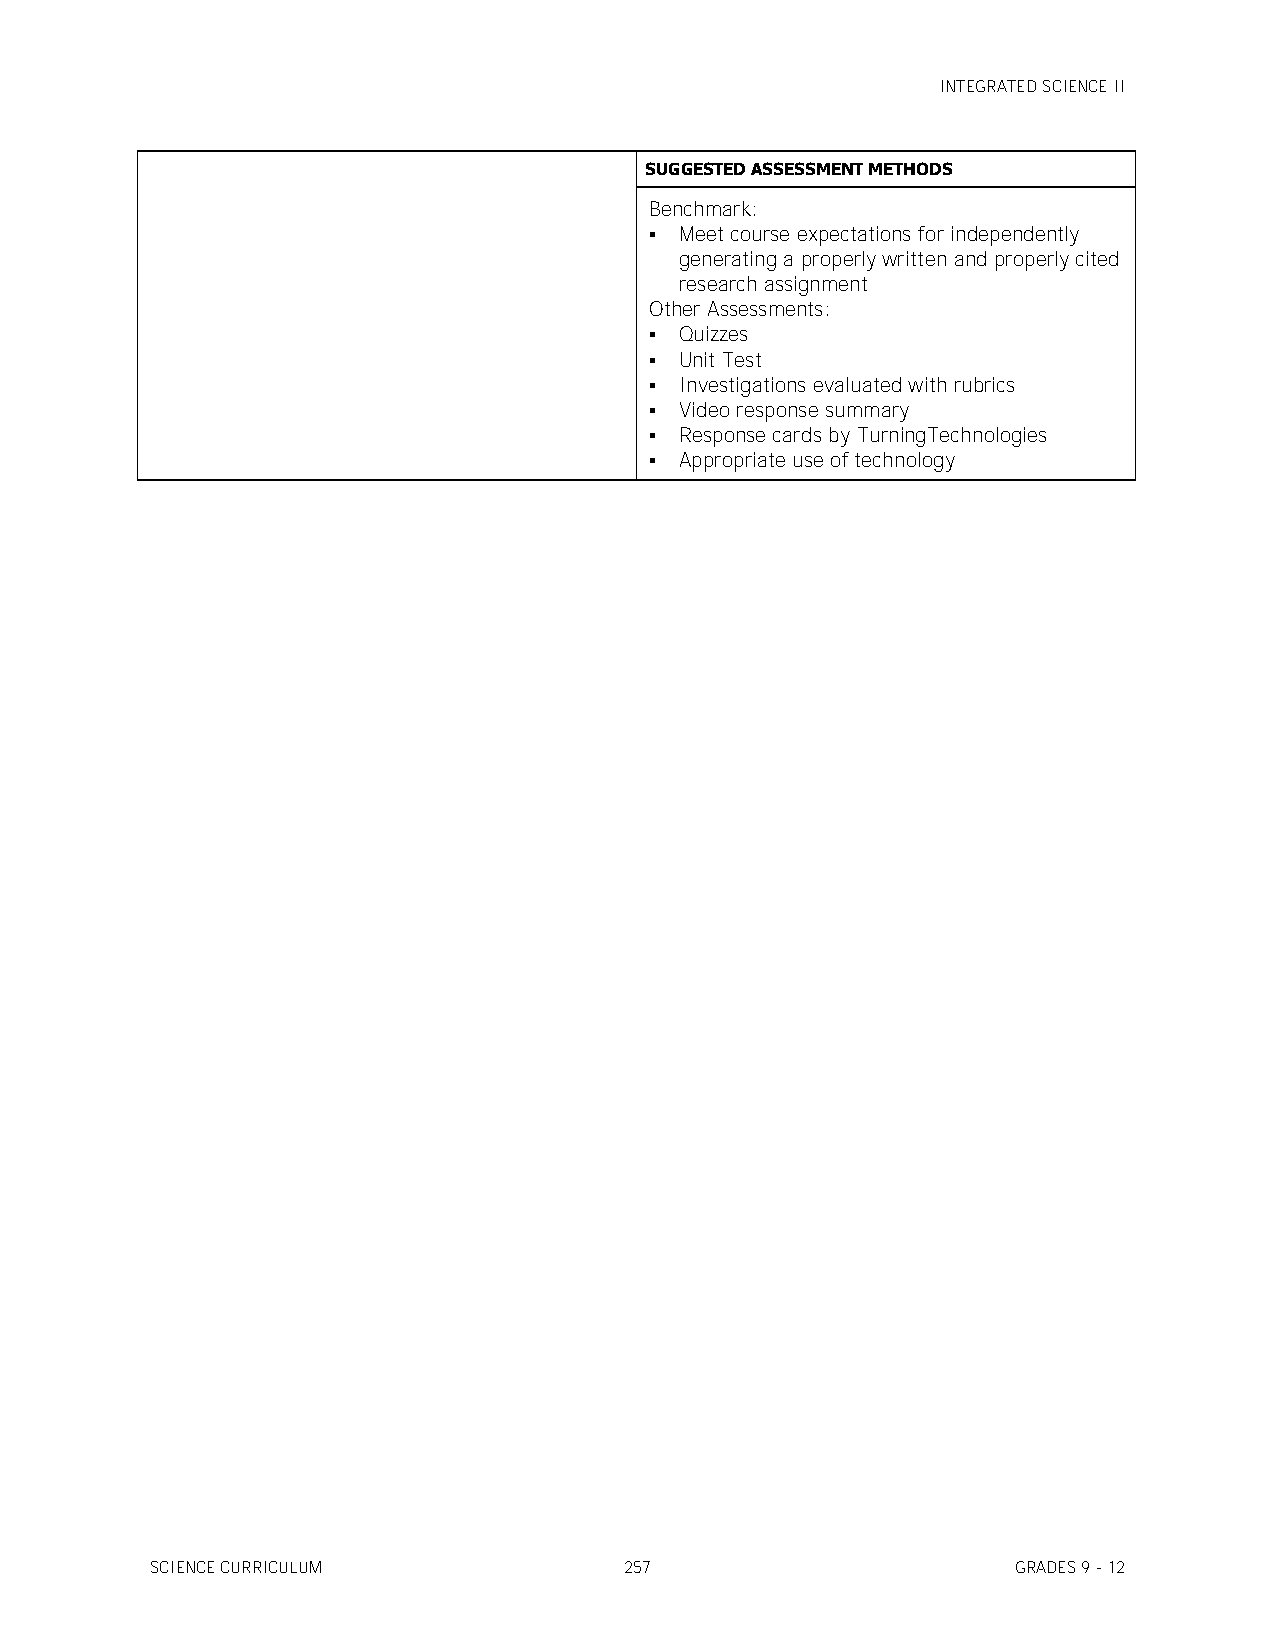
INTEGRATED SCIENCE II
 SUGGESTED ASSESSMENT METHODS
 Benchmark:
  Meet course expectations for independently
 generating a properly written and properly cited
 research assignment
 Other Assessments:
  Quizzes
  Unit Test
  Investigations evaluated with rubrics
  Video response summary
  Response cards by TurningTechnologies
  Appropriate use of technology
 SCIENCE CURRICULUM             257                       GRADES 9 - 12